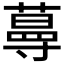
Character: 𱾟